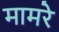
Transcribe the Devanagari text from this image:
मामरे